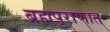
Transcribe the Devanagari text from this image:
ब्रह्मपुराणात